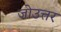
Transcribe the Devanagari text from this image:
जोउत्तर